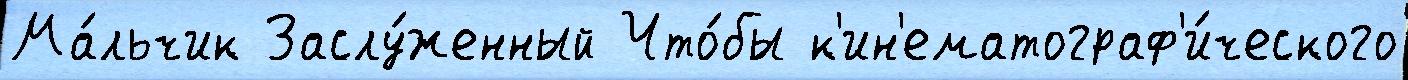
Ма́льчик Заслу́женный Что́бы к'ин'ематограф'и́ческого